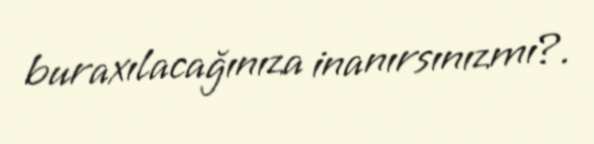
buraxılacağınıza inanırsınızmı?.